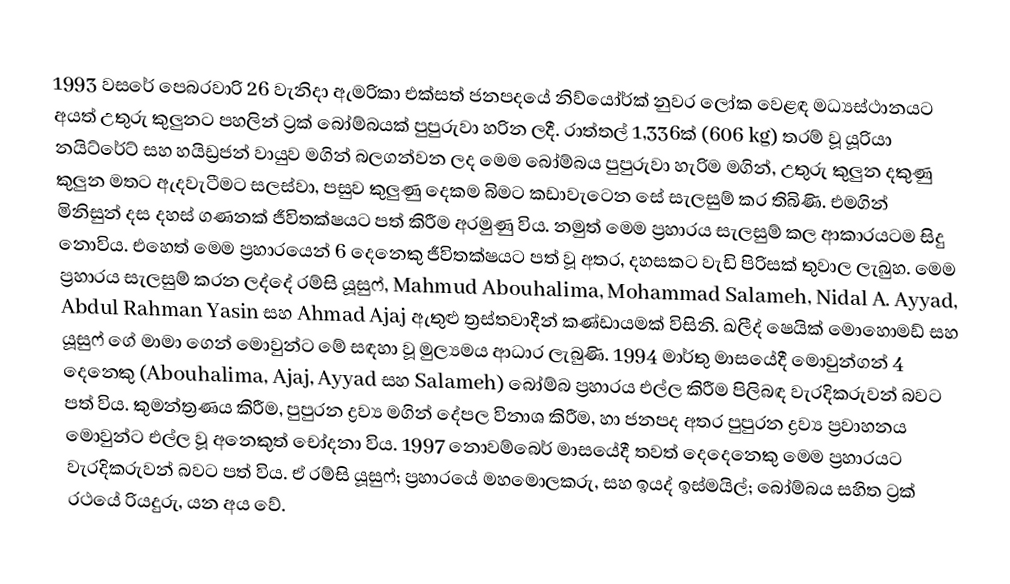
1993 වසරේ පෙබරවාරි 26 වැනිදා ඇමරිකා එක්සත් ජනපදයේ නිව්යෝර්ක් නුවර ලෝක වෙළඳ මධ්‍යස්ථානයට අයත් උතුරු කුලුනට පහලින් ට්‍රක් බෝම්බයක් පුපුරුවා හරින ලදී. රාත්තල් 1,336ක් (606 kg) තරම් වූ යූරියා නයිට්රේට් සහ හයිඩ්‍රජන් වායුව මගින් බලගන්වන ලද මෙම බෝම්බය පුපුරුවා හැරිම මගින්, උතුරු කුලුන දකුණු කුලුන මතට ඇදවැටීමට සලස්වා, පසුව කුලුණු දෙකම බිමට කඩාවැටෙන සේ සැලසුම් කර තිබිණි. එමගින් මිනිසුන් දස දහස් ගණනක් ජීවිතක්ෂයට පත් කිරීම අරමුණු විය. නමුත් මෙම ප්‍රහාරය සැලසුම් කල ආකාරයටම සිදු නොවිය. එහෙත් මෙම ප්‍රහාරයෙන් 6 දෙනෙකු ජීවිතක්ෂයට පත් වූ අතර, දහසකට වැඩි පිරිසක් තුවාල ලැබුහ. මෙම ප්‍රහාරය සැලසුම් කරන ලද්දේ  රම්සි යූසුෆ්,  Mahmud Abouhalima, Mohammad Salameh, Nidal A. Ayyad, Abdul Rahman Yasin සහ Ahmad Ajaj ඇතුළු ත්‍රස්තවාදීන් කණ්ඩායමක් විසිනි. ඛලීද් ෂෙයික් මොහොමඩ් සහ යූසුෆ් ගේ මාමා ගෙන් මොවුන්ට මේ සඳහා වූ මුල්‍යමය ආධාර ලැබුණි. 1994 මාර්තු මාසයේදී මොවුන්ගන් 4 දෙනෙකු (Abouhalima, Ajaj, Ayyad සහ Salameh) බෝම්බ ප්‍රහාරය එල්ල කිරීම පිලිබඳ වැරදිකරුවන් බවට පත් විය. කුමන්ත්‍රණය කිරීම, පුපුරන ද්‍රව්‍ය මගින් දේපල විනාශ කිරීම, හා ජනපද අතර පුපුරන ද්‍රව්‍ය ප්‍රවාහනය මොවුන්ට එල්ල වූ අනෙකුත් චෝදනා විය. 1997 නොවම්බෙර් මාසයේදී තවත් දෙදෙනෙකු මෙම ප්‍රහාරයට වැරදිකරුවන් බවට පත් විය. ඒ රම්සි යූසුෆ්; ප්‍රහාරයේ මහමොලකරු, සහ ඉයද් ඉස්මයිල්; බෝම්බය සහිත ට්‍රක් රථයේ රියදුරු, යන අය වේ.